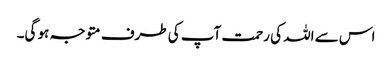
اس سے اللہ کی رحمت آپ کی طرف متوجہ ہو گی۔